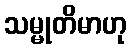
သမ္မုတိမာဟု